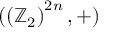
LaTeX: ( \left( \mathbb { Z } _ { 2 } \right) ^ { 2 n } , + )